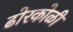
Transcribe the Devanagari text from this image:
ढोरकोळी